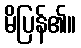
မိပြန်၏။